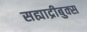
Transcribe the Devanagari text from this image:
सह्याद्रीबुक्स